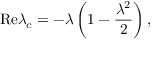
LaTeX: \mathrm { R e } \lambda _ { c } = - \lambda \left( 1 - \frac { \lambda ^ { 2 } } { 2 } \right) ,